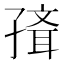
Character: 𡦍